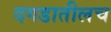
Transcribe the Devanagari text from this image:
दगडातीलच